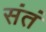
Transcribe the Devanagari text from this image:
संतं